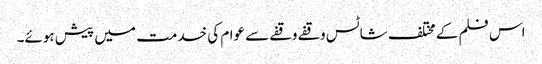
اس فلم کے مختلف شاٹس وقفے وقفے سے عوام کی خدمت میں پیش ہوئے۔